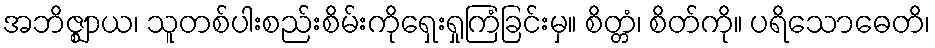
အဘိဇ္ဈာယ၊ သူတစ်ပါးစည်းစိမ်းကိုရှေးရှုကြံခြင်းမှ။ စိတ္တံ၊ စိတ်ကို။ ပရိသောဓေတိ၊